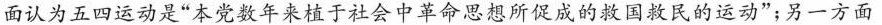
面认为五四运动是”本党数年来植于社会中革命思想所促成的救国救民的运动”；另一方面